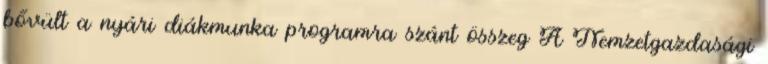
bővült a nyári diákmunka programra szánt összeg A Nemzetgazdasági